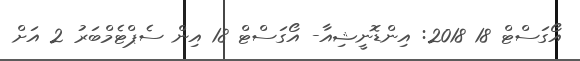
އޯގަސްޓް 18 2018: އިންޑޮނީޝިއާ- އޯގަސްޓް 18 އިން ސެޕްޓެމްބަރު 2 އަށް